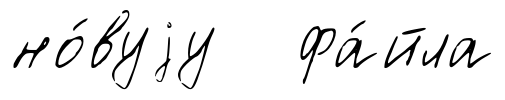
но́вуjу фа́йла